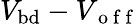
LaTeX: V_{\mathrm{bd}}-V_{\mathrm{~o~f~f~}}